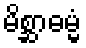
မိစ္ဆာဓမ္မံ